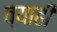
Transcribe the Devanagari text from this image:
व्‍याही